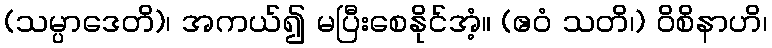
(သမ္ပာဒေတိ)၊ အကယ်၍ မပြီးစေနိုင်အံ့။ (ဧဝံ သတိ၊) ဝိစိနာဟိ၊